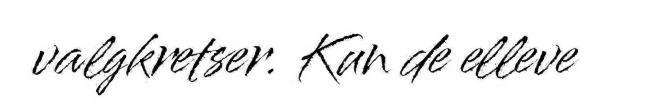
valgkretser. Kun de elleve